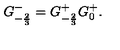
G _ { - { \frac { 2 } { 3 } } } ^ { - } = G _ { - { \frac { 2 } { 3 } } } ^ { + } { G _ { 0 } ^ { + } } .